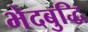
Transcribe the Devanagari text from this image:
भेदबुद्धि